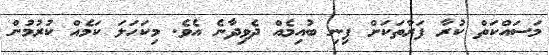
މަސައްކަތް ކުރާ ފަރާތަކަށް ފިނި ބުއިމެއް ދެވިދާނެ އެވެ. މިކަހަލަ ކަމެއް ކުރުމުން